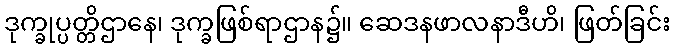
ဒုက္ခုပ္ပတ္တိဌာနေ၊ ဒုက္ခဖြစ်ရာဌာန၌။ ဆေဒနဖာလနာဒီဟိ၊ ဖြတ်ခြင်း